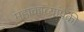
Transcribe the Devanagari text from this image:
महाकाव्यांपैकी